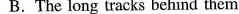
B.The long tracks behind them.